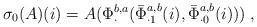
LaTeX: \begin{align*}\sigma_0(A)(i)=A(\Phi_\cdot^{b,a}(\bar{\Phi}_{\cdot 1}^{a,b}(i), \bar{\Phi}_{\cdot 0}^{a,b}(i)))\;,\end{align*}